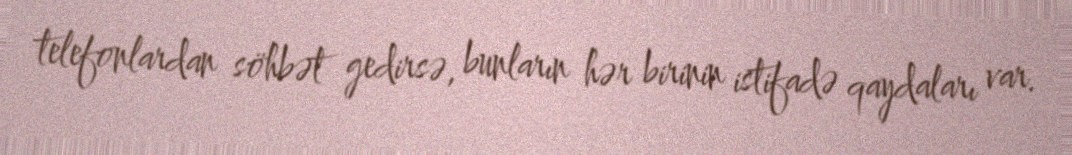
telefonlardan söhbət gedirsə, bunların hər birinin istifadə qaydaları var.